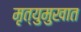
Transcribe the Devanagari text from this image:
मृत्युमुखात